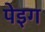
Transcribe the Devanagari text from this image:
पेइग